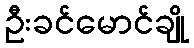
ဦးခင်မောင်ချို